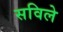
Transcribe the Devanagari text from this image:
सविले